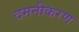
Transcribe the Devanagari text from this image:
दमनीकरण